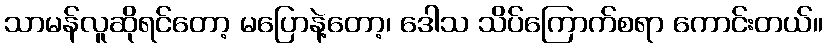
သာမန်လူဆိုရင်တော့ မပြောနဲ့တော့၊ ဒေါသ သိပ်ကြောက်စရာ ကောင်းတယ်။